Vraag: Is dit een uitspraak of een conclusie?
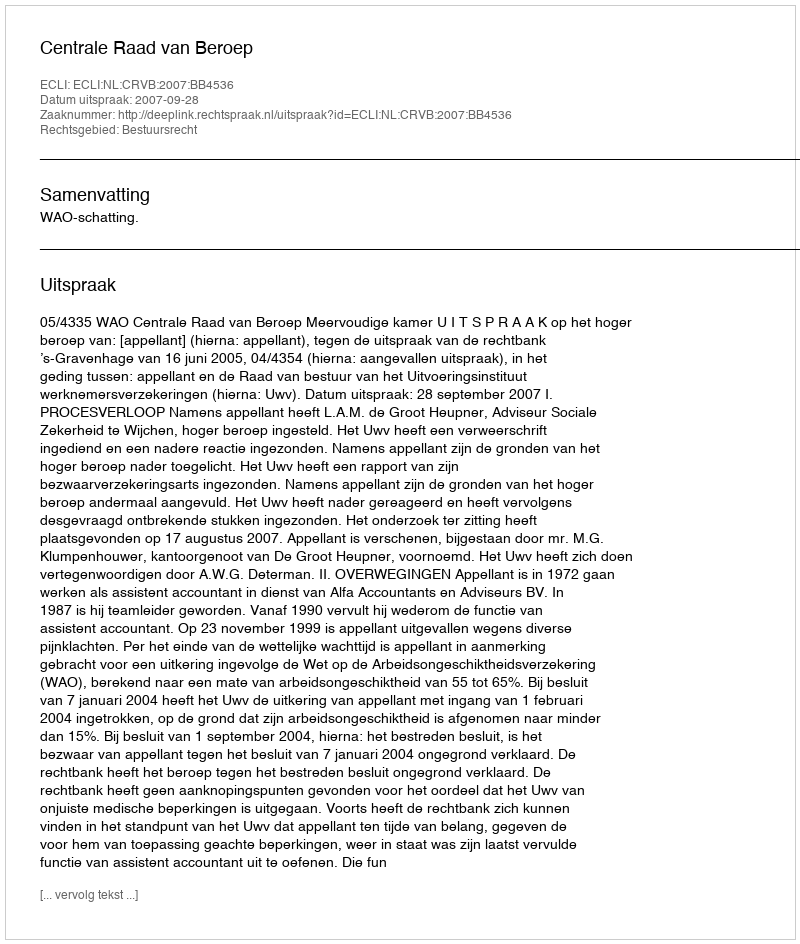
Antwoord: Uitspraak